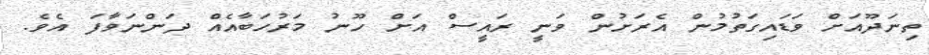
ތިނަދޫއަށް ވަޑައިގަތުމުން އެރަށުން ވަނީ ރައީސް އަށް ހޫނު މަރުހަބާއެއް ދަންނަވާފަ އެވެ.